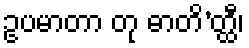
ဥပမာတာ တု ဓာတိ’တ္ထီ၊